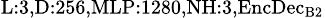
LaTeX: _{\textrm{L}:3,\textrm{D}:256,\textrm{MLP}:1280,\textrm{NH}:3,\textrm{EncDec}_{\textrm{B}2}}